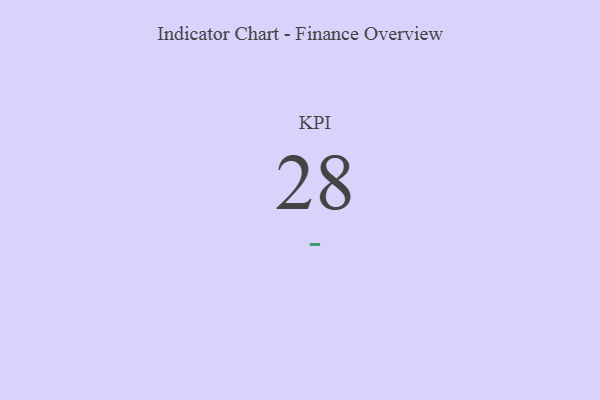
{"axis": {"x": "KPI", "y": "Value"}, "legend": [""], "data": [{"x": "KPI", "y": 28, "type": ""}]}